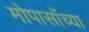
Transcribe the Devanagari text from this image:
मोपासाँच्या